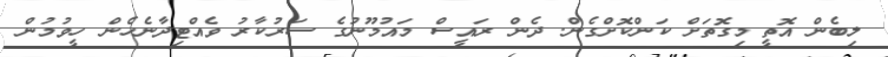
ލިބެން އޮތީ މިގޮތަށް ކަންކޮށްގެން. ދެން ރައީސް މައުމޫނުގެ ސަރުކާރު ވެއްޓިދާނެހެން ހީވުމުން